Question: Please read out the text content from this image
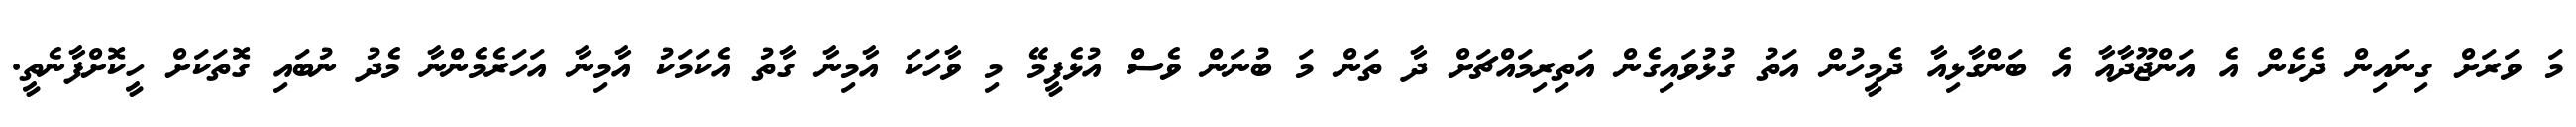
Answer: މަ ވަރަށް ގިނައިން ދެކެން އެ އަންޖޫދާއާ އެ ބަންގާޅިއާ ދެމީހުން އަތު ގުޅުވައިގެން އަތިރިމައްޗަށް ދާ ތަން މަ ބުނަން ވެސް އުޅެފީމޭ މި ވާހަކަ އާމިނާ ގާތު އެކަމަކު އާމިނާ އަހަރެމެންނާ މެދު ނުބައި ގޮތަކަށް ހީކޮށްފާނެތީ.